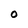
Character: O